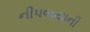
નીપજયાની